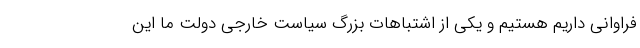
فراوانی داریم هستیم و یکی از اشتباهات بزرگ سیاست خارجی دولت ما این